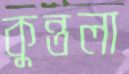
কুন্তলা